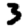
Digit: 3